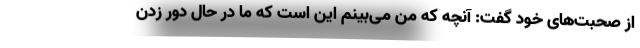
از صحبت‌های خود گفت: آنچه که من می‌بینم این است که ما در حال دور زدن